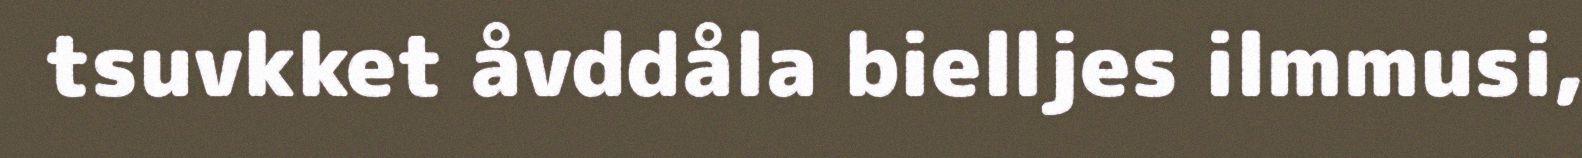
tsuvkket åvddåla bielljes ilmmusi,